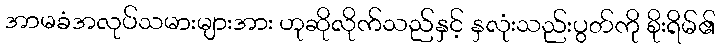
အာမခံအလုပ်သမားများအား ဟုဆိုလိုက်သည်နှင့် နှလုံးသည်းပွတ်ကို စိုးရိမ်၏